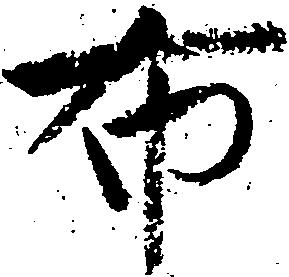
布